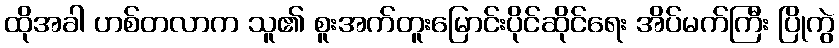
ထိုအခါ ဟစ်တလာက သူ၏ စူးအက်တူးမြောင်းပိုင်ဆိုင်ရေး အိပ်မက်ကြီး ပြိုကွဲ